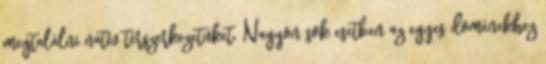
megtalálni natív térszerkezetüket. Nagyon sok esetben az egyes doménekhez